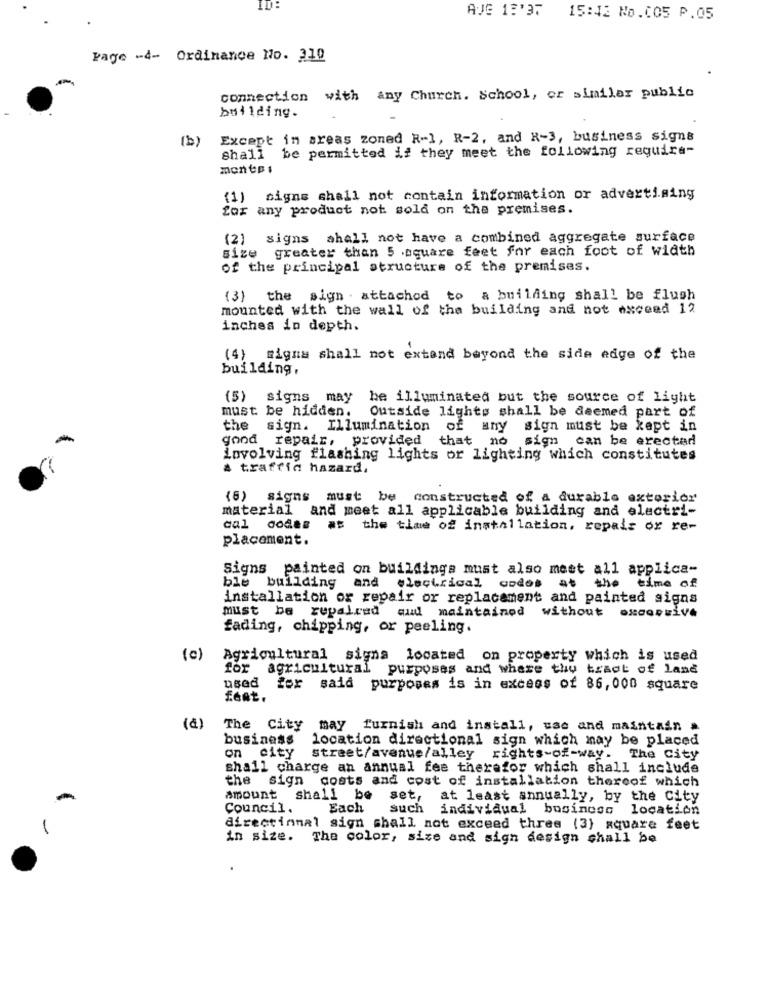
ID:
AVG 18'37 15:42 No.(05 P.05
Page -4- Ordinance No. 310
-
connection with any Church. School, or similar public
building.
(b) Except in areas zoned R-1, R-2, and R-3, business signs
shall be permitted if they meet the following require-
monte:
(1) signs shall not contain information or advertising
for any product not sold on the premises.
(2) signs shall not have a combined aggregate surface
size greater than 5 .square feet for each foot of width
of the principal structure of the premises.
(3) the sign . attached to a building shall be flush
mounted with the wall of the building and not exceed 12
inches in depth.
(4) signa shall not extand beyond the side edge of the
building,
(5) signs may be illuminated but the source of light
must be hidden.
Outside lights shall be deemed part of
the sign. Illumination of any sign must be kept in
-
good repair, provided
that no
sign can be erectad
involving flashing lights or lighting which constitutes
a traffic hazard.
(6) signs must be constructed of a durable exterior
material and meet all applicable building and electri-
cal dodes at the time of installation, repair or re-
placement.
Signs painted on buildings must also meet all applica-
the
time of
ble building and electrical codes at
installation or repair or replacement and painted signs
must be repaired aud maintained without excessive
fading, chipping, or peeling.
(c)
Agricultural signa located on property which is used
for agricultural purposes and where the tract of land
used
for said purposes is in excess of 86,000 square
feat.
(₫)
The City may furnish and install, use and maintain .
business
location directional sign which may be placed
on city
street/avenue/alley rights-of-way. The City
shall charge an annual fee therefor which shall include
the sign costs and cost of installation thereof which
amount shall be set, at least annually, by the City
Council.
Each
such individual business location
-
directinnal sign shall not exceed three (3) square feet
in size. The color, size and sign design shall be